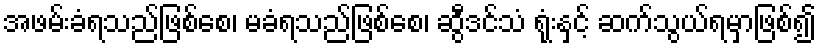
အဖမ်းခံရသည်ဖြစ်စေ၊ မခံရသည်ဖြစ်စေ၊ ဆွီဒင်သံ ရုံးနှင့် ဆက်သွယ်ရမှာဖြစ်၍